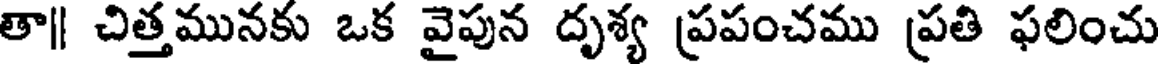
తా|| చిత్తమునకు ఒక వైపున దృశ్య ప్రపంచము ప్రతి ఫలించు